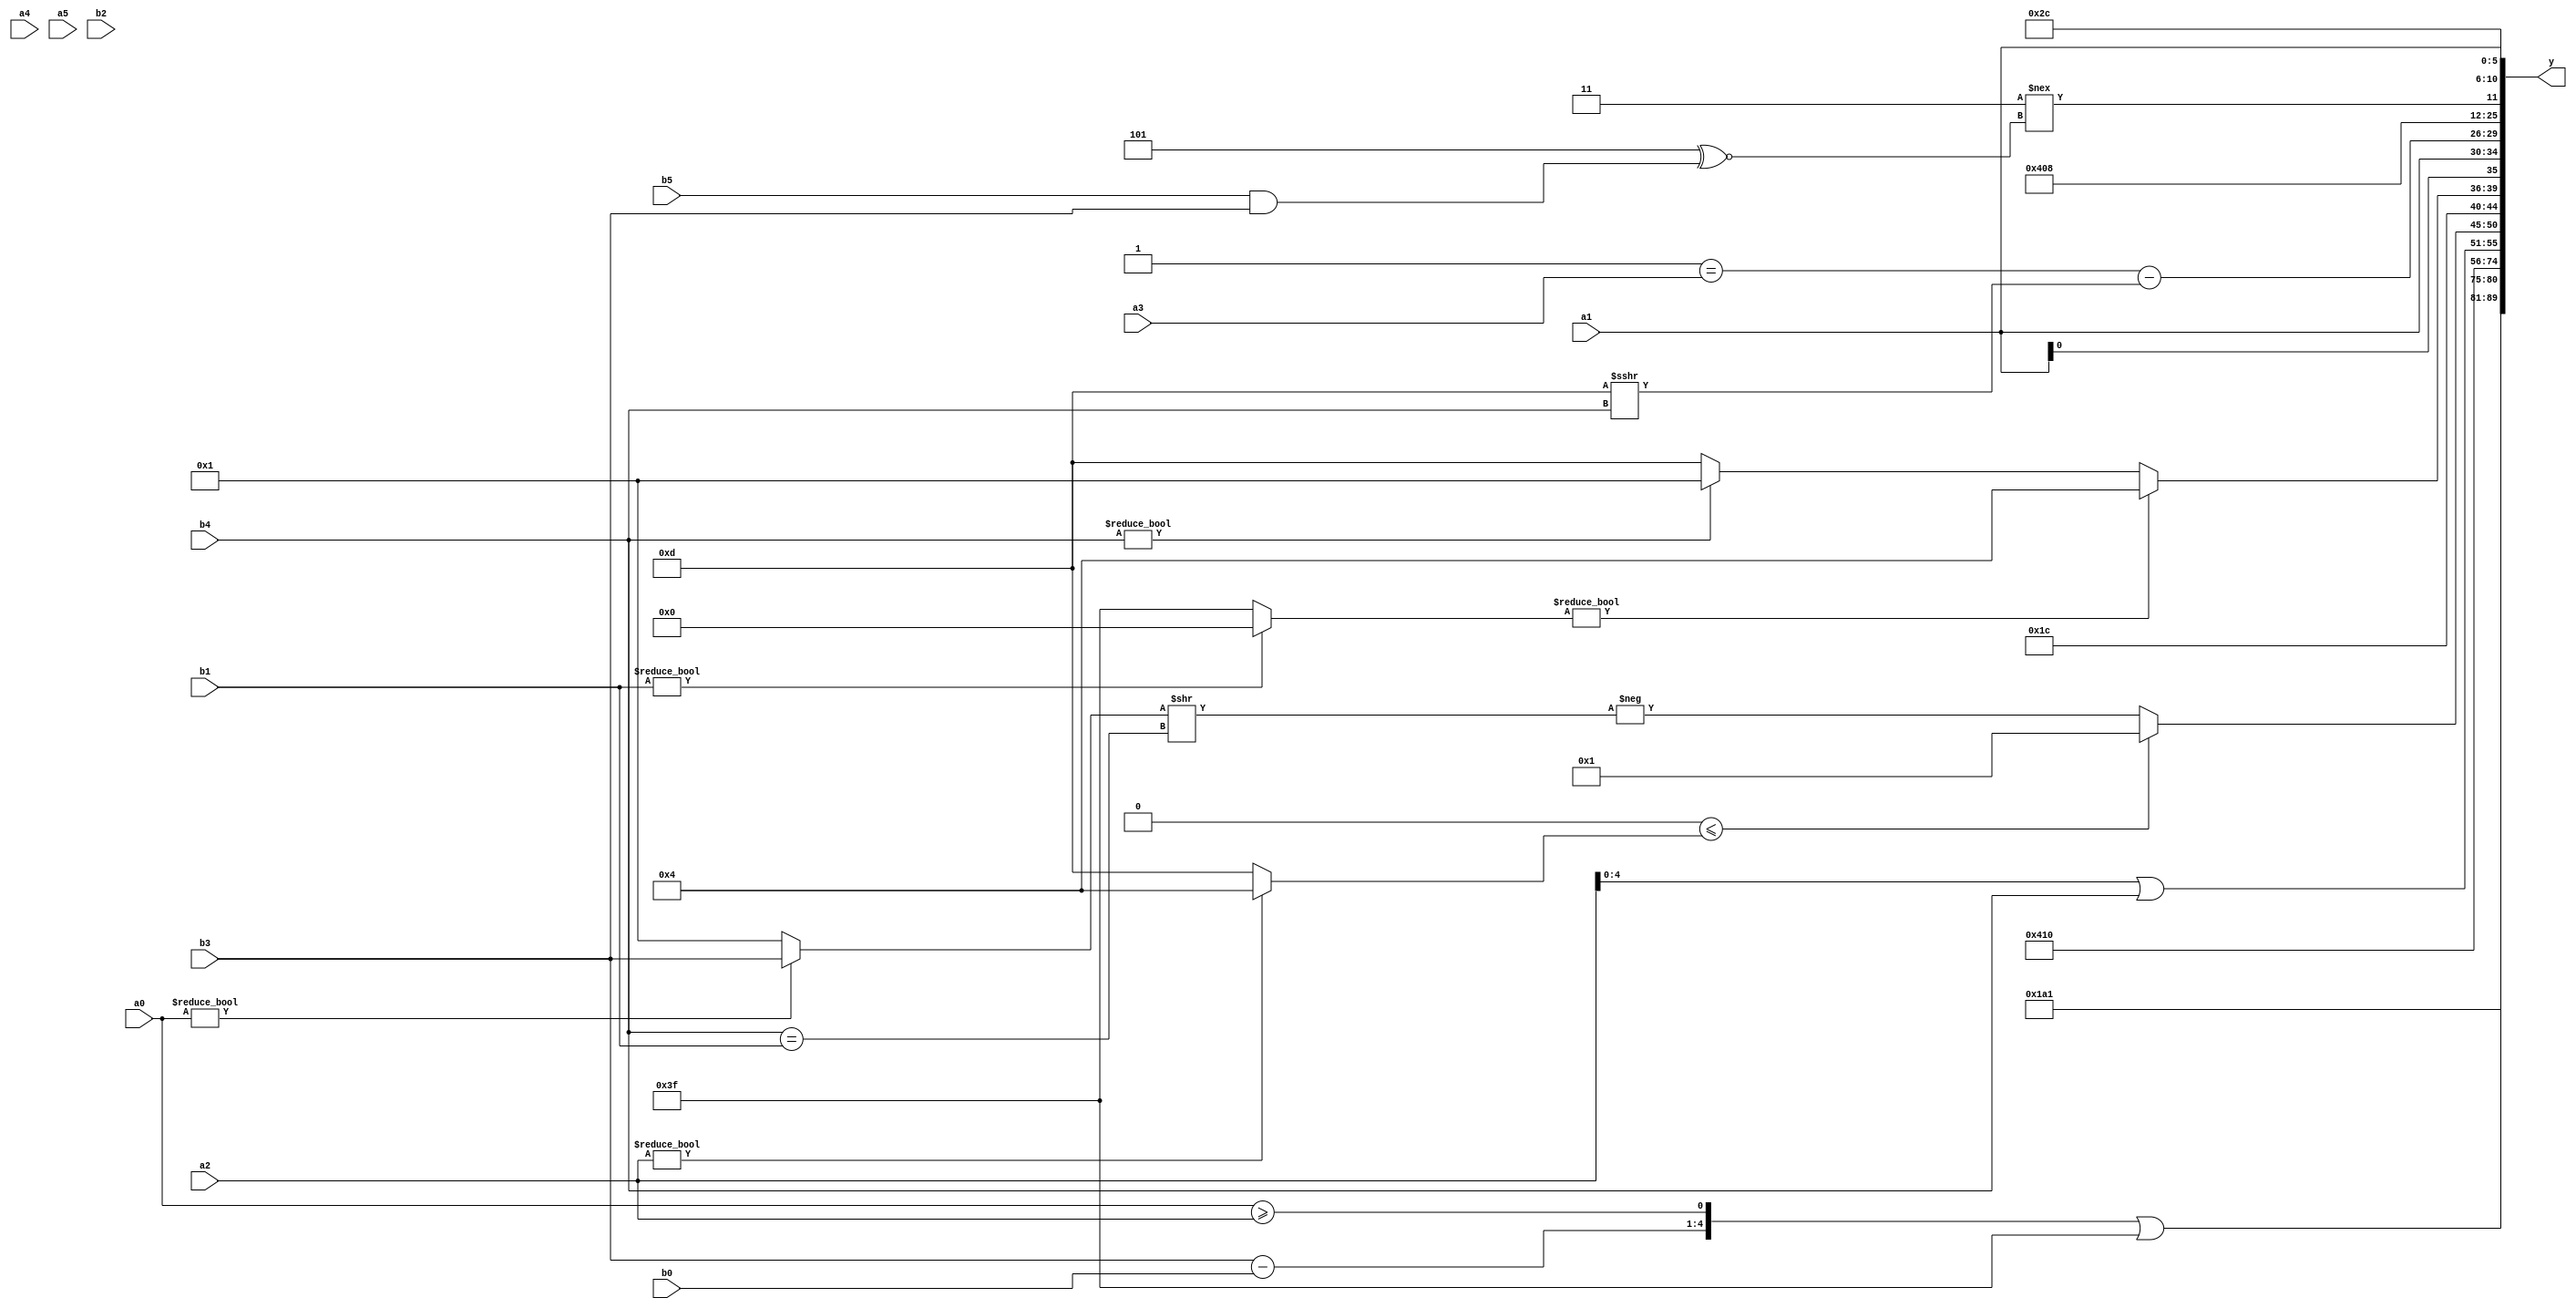
module expression_00966(a0, a1, a2, a3, a4, a5, b0, b1, b2, b3, b4, b5, y);
  input [3:0] a0;
  input [4:0] a1;
  input [5:0] a2;
  input signed [3:0] a3;
  input signed [4:0] a4;
  input signed [5:0] a5;

  input [3:0] b0;
  input [4:0] b1;
  input [5:0] b2;
  input signed [3:0] b3;
  input signed [4:0] b4;
  input signed [5:0] b5;

  wire [3:0] y0;
  wire [4:0] y1;
  wire [5:0] y2;
  wire signed [3:0] y3;
  wire signed [4:0] y4;
  wire signed [5:0] y5;
  wire [3:0] y6;
  wire [4:0] y7;
  wire [5:0] y8;
  wire signed [3:0] y9;
  wire signed [4:0] y10;
  wire signed [5:0] y11;
  wire [3:0] y12;
  wire [4:0] y13;
  wire [5:0] y14;
  wire signed [3:0] y15;
  wire signed [4:0] y16;
  wire signed [5:0] y17;

  output [89:0] y;
  assign y = {y0,y1,y2,y3,y4,y5,y6,y7,y8,y9,y10,y11,y12,y13,y14,y15,y16,y17};

  localparam [3:0] p0 = (({(3'd6),(2'd0)}<<(|(5'd5)))<=(-2'sd1));
  localparam [4:0] p1 = ((-2'sd0)!==((5'sd12)>=((-5'sd1)?(2'd1):(5'd1))));
  localparam [5:0] p2 = ((4'd0)?(-4'sd0):(3'sd0));
  localparam signed [3:0] p3 = {{(-5'sd0),(5'd13),(2'sd1)},{4{(4'd9)}}};
  localparam signed [4:0] p4 = {((5'sd9)&(-3'sd2)),(2'd0),(4'sd2)};
  localparam signed [5:0] p5 = {2{(((5'd10)&(3'd2))>>>(|(~&(4'd9))))}};
  localparam [3:0] p6 = ((2'd0)?((5'sd12)?(-3'sd1):(3'sd2)):(4'd1));
  localparam [4:0] p7 = {(&{((~(5'd28))?(+(2'd0)):((2'd1)?(5'd0):(3'd3))),{(^{(~^(5'd3))})}})};
  localparam [5:0] p8 = (((-2'sd0)?(2'sd0):(5'sd4))?(-4'sd1):(~^((5'sd2)?(3'd6):(3'd6))));
  localparam signed [3:0] p9 = (-4'sd3);
  localparam signed [4:0] p10 = {({(5'd12),(2'd1),(3'd0)}>>>(((4'sd6)-(4'd5))^((-4'sd2)-(3'sd2))))};
  localparam signed [5:0] p11 = {1{((5'd11)?(4'sd4):(4'sd2))}};
  localparam [3:0] p12 = (-(((4'd7)<<<(-5'sd5))?{(2'd3),(2'd2),(4'd14)}:(-(2'sd1))));
  localparam [4:0] p13 = ((5'd24)<<<(3'd5));
  localparam [5:0] p14 = (((4'd14)&&(-4'sd4))!=(6'd2 * (4'd11)));
  localparam signed [3:0] p15 = ((-4'sd2)|(~(((-2'sd1)<(4'sd2))|(^((-5'sd11)?(5'd22):(3'd5))))));
  localparam signed [4:0] p16 = (~|(4'd1));
  localparam signed [5:0] p17 = (~&((5'd3)!=((+(-(5'sd5)))/(5'd9))));

  assign y0 = $signed((-5'sd3));
  assign y1 = (~^((~(p5?p3:p5))));
  assign y2 = ({(b3-b0),(a0>=a2)}|(-2'sd1));
  assign y3 = $signed((|(($signed((~&(&(p8&p8))))&(~|((~&p0)==(b0===b3)))))));
  assign y4 = (({p1}|(p8<<p4))!={$signed({3{p2}})});
  assign y5 = (5'd1);
  assign y6 = (-(!(^((&(^(p1?p15:p16)))?(4'd2 * {p0,p13,p13}):({p7,p5,p10}?(p5?p12:p1):(+a3))))));
  assign y7 = {{a3,p12},(+(-a5)),(a2|b4)};
  assign y8 = (+(((a0!==a0)<=(a2?p11:p9))?(&(p17?p8:a0)):(-((a0?b3:p17)>>(b4==b1)))));
  assign y9 = (-3'sd2);
  assign y10 = (((((p4?b1:p13)?$unsigned(p2):(b5?p8:p8))))?(($unsigned(p9)?$signed(p11):(p10?p12:p16))):$unsigned(($signed(p14)?(b4?p1:p9):(a4?p0:p0))));
  assign y11 = {4{a1}};
  assign y12 = ((&(p0==a3))-((p8?p9:a5)>>>(p4?b4:p13)));
  assign y13 = {({b2}?(-3'sd1):(-5'sd1)),{$unsigned((p9?a5:b5))},({p6,p2}?(3'd2):(5'd12))};
  assign y14 = {2{{1{({p3,b2,p13}?{3{p14}}:(b4?p9:p0))}}}};
  assign y15 = ((3'sd3)!==((-3'sd3)^~(b5&&b3)));
  assign y16 = {a3,b2,a1};
  assign y17 = (-(5'd20));
endmodule